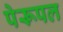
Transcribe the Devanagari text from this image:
पेरूपल